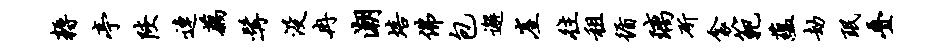
耨亭陕连藕髯没冉潮培佛包邂崖往租循璃斫衾范蕴劫珉叠